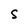
Character: S